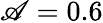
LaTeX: \mathscr{A}=0.6